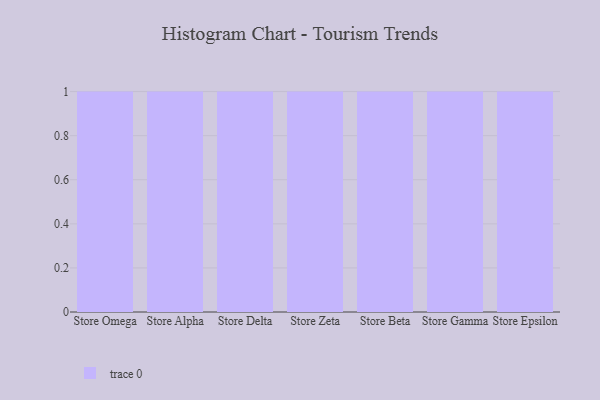
{"axis": {"x": "Store", "y": "Waste Production (Tons)"}, "legend": [""], "data": [{"x": "Store Omega", "y": 45, "type": ""}, {"x": "Store Alpha", "y": 77, "type": ""}, {"x": "Store Delta", "y": 93, "type": ""}, {"x": "Store Zeta", "y": 39, "type": ""}, {"x": "Store Beta", "y": 93, "type": ""}, {"x": "Store Gamma", "y": 73, "type": ""}, {"x": "Store Epsilon", "y": 55, "type": ""}]}